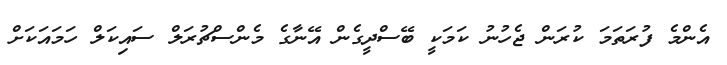
އެންމެ ފުރަތަމަ ކުރަން ޖެހުނު ކަމަކީ ބޭސްދީގެން އޭނާގެ މެންސްޗުރަލް ސައިކަލް ހަމައަކަށް